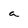
Character: a